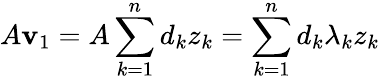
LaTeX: A\mathbf{v}_{1}=A\sum_{k=1}^{n}d_{k}z_{k}=\sum_{k=1}^{n}d_{k}\lambda_{k}z_{k}